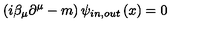
\left( i \beta _ { \mu } \partial ^ { \mu } - m \right) \psi _ { i n , o u t } \left( x \right) = 0